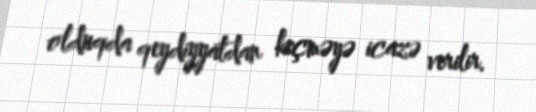
olduqda qeydiyyatdan keçməyə icazə verilir.